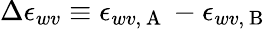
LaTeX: \Delta\epsilon_{wv}\equiv\epsilon_{wv,\mathrm{~A~}}-\epsilon_{wv,\mathrm{~B~}}